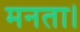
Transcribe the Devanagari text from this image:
मनता।